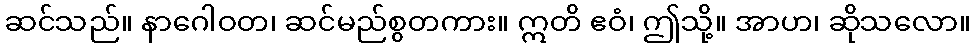
ဆင်သည်။ နာဂေါဝတ၊ ဆင်မည်စွတကား။ ဣတိ ဧဝံ၊ ဤသို့။ အာဟ၊ ဆိုသလော။